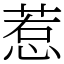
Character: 惹